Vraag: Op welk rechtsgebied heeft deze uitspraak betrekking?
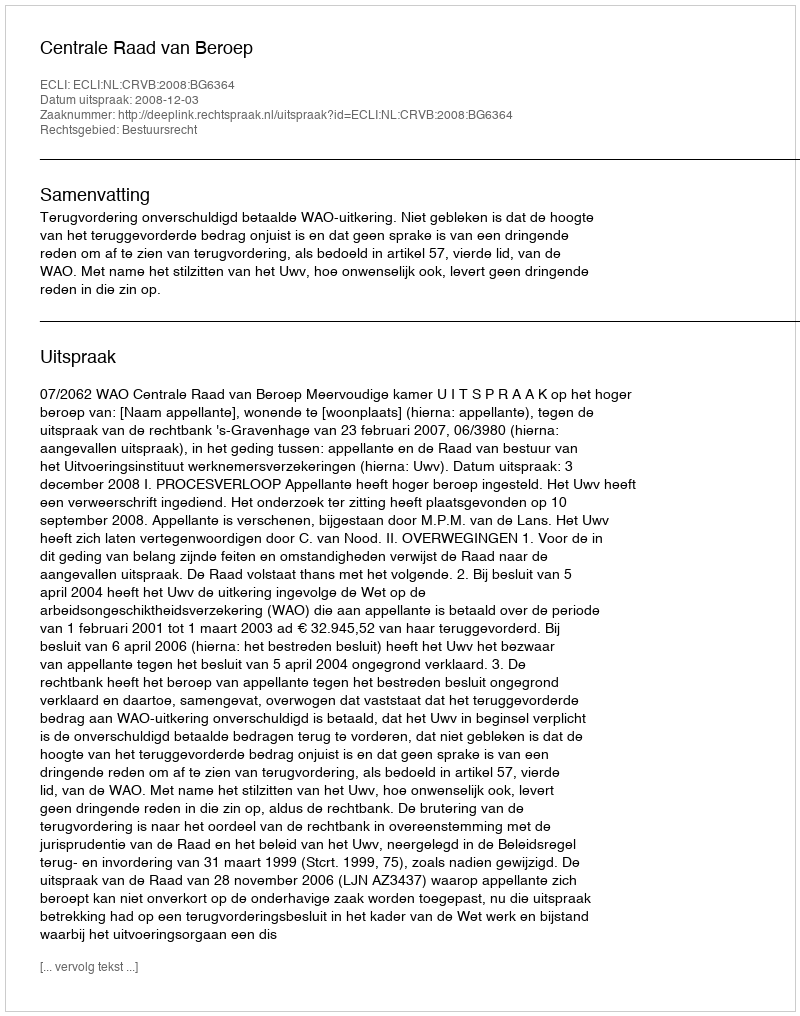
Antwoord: Bestuursrecht